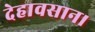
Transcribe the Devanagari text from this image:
देहावसान।